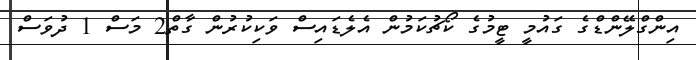
އިންގްލޭންޑްގެ ގައުމީ ޓީމުގެ ކޯޗުކަމުން އެލެޑައިސް ވަކިކުރުން ގާތް2 މަސް 1 ދުވަސް